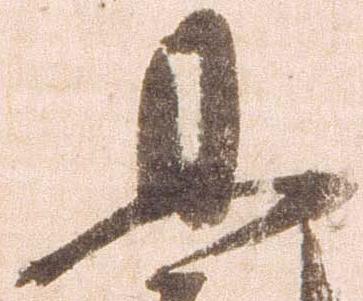
且